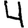
Digit: 4